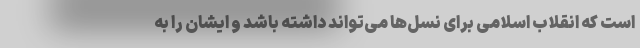
است که انقلاب اسلامی برای نسل‌ها می‌تواند داشته باشد و ایشان را به